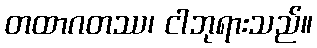
တထာဂတဿ၊ ငါဘုရားသည်။